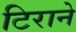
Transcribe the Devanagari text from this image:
टिराने